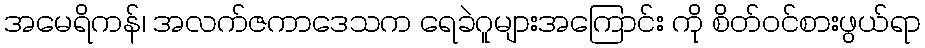
အမေရိကန်၊ အလက်ဇကာဒေသက ရေခဲဂူများအကြောင်း ကို စိတ်ဝင်စားဖွယ်ရာ